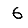
Digit: 6